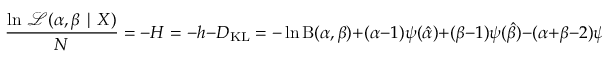
{ \frac { \ln \, { \mathcal { L } } ( \alpha , \beta \mid X ) } { N } } = - H = - h - D _ { \mathrm { K L } } = - \ln \mathrm { B } ( \alpha , \beta ) + ( \alpha - 1 ) \psi ( { \hat { \alpha } } ) + ( \beta - 1 ) \psi ( { \hat { \beta } } ) - ( \alpha + \beta - 2 ) \psi ( { \hat { \alpha } } + { \hat { \beta } } )